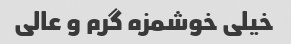
خیلی خوشمزه گرم و عالی